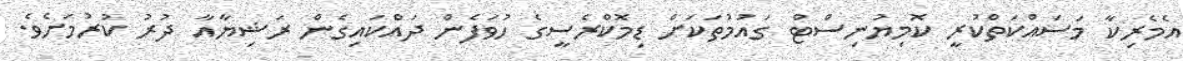
އެމެރިކާ މަސައްކަތްކުރީ ކޮމިޔުނިސްޓް ގައުމުތަކަށް ޑިމޮކްރެސީގެ ހުވަފެން ދައްކައިގެން ރަޝިޔާއާ ދުރު ކުރުމަށެވެ.